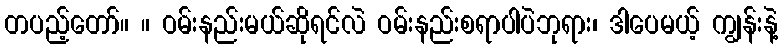
တပည့်တော်။ ။ ဝမ်းနည်းမယ်ဆိုရင်လဲ ဝမ်းနည်းစရာပါပဲဘုရား၊ ဒါပေမယ့် ကျွန်းနဲ့